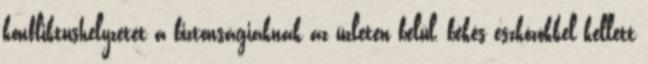
konfliktushelyzetet a biztonságiaknak az üzleten belül, békés eszközökkel kellett